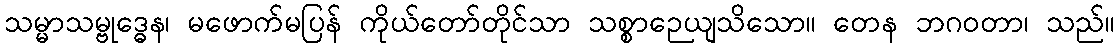
သမ္မာသမ္ဗုဒ္ဓေန၊ မဖောက်မပြန် ကိုယ်တော်တိုင်သာ သစ္စာဉေယျသိသော။ တေန ဘဂဝတာ၊ သည်။